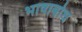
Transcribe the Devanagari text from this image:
भाषाबोध